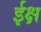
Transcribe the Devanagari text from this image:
ईक्ष